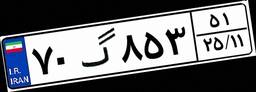
۴۴گ۹۷۰۶۰